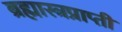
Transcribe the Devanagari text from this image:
ब्रह्मास्त्रप्राप्ती